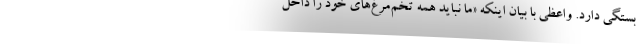
بستگی دارد. واعظی با بیان اینکه «ما نباید همه تخم‌مرغ‌های خود را داخل